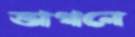
ভাগনে